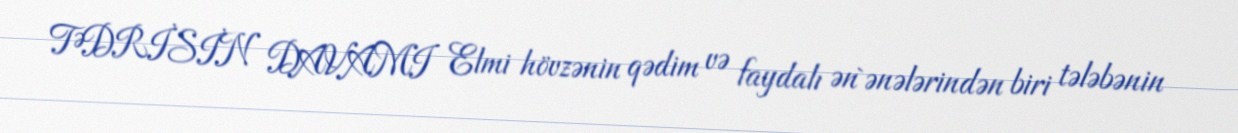
TƏDRİSİN DAVAMI Elmi hövzənin qədim və faydalı ən`ənələrindən biri tələbənin